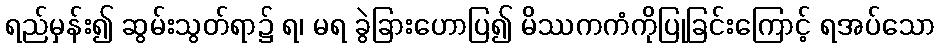
ရည်မှန်း၍ ဆွမ်းသွတ်ရာ၌ ရ၊ မရ ခွဲခြားဟောပြ၍ မိဿကကံကိုပြုခြင်းကြောင့် ရအပ်သော